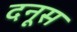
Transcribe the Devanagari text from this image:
दनूस